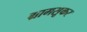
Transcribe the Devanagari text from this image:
ग्रामसूकर